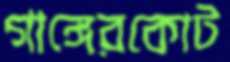
গাঙ্গেরকোট